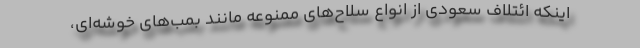
اینکه ائتلاف سعودی از انواع سلاح‌های ممنوعه مانند بمب‌های خوشه‌ای،